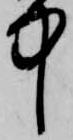
中